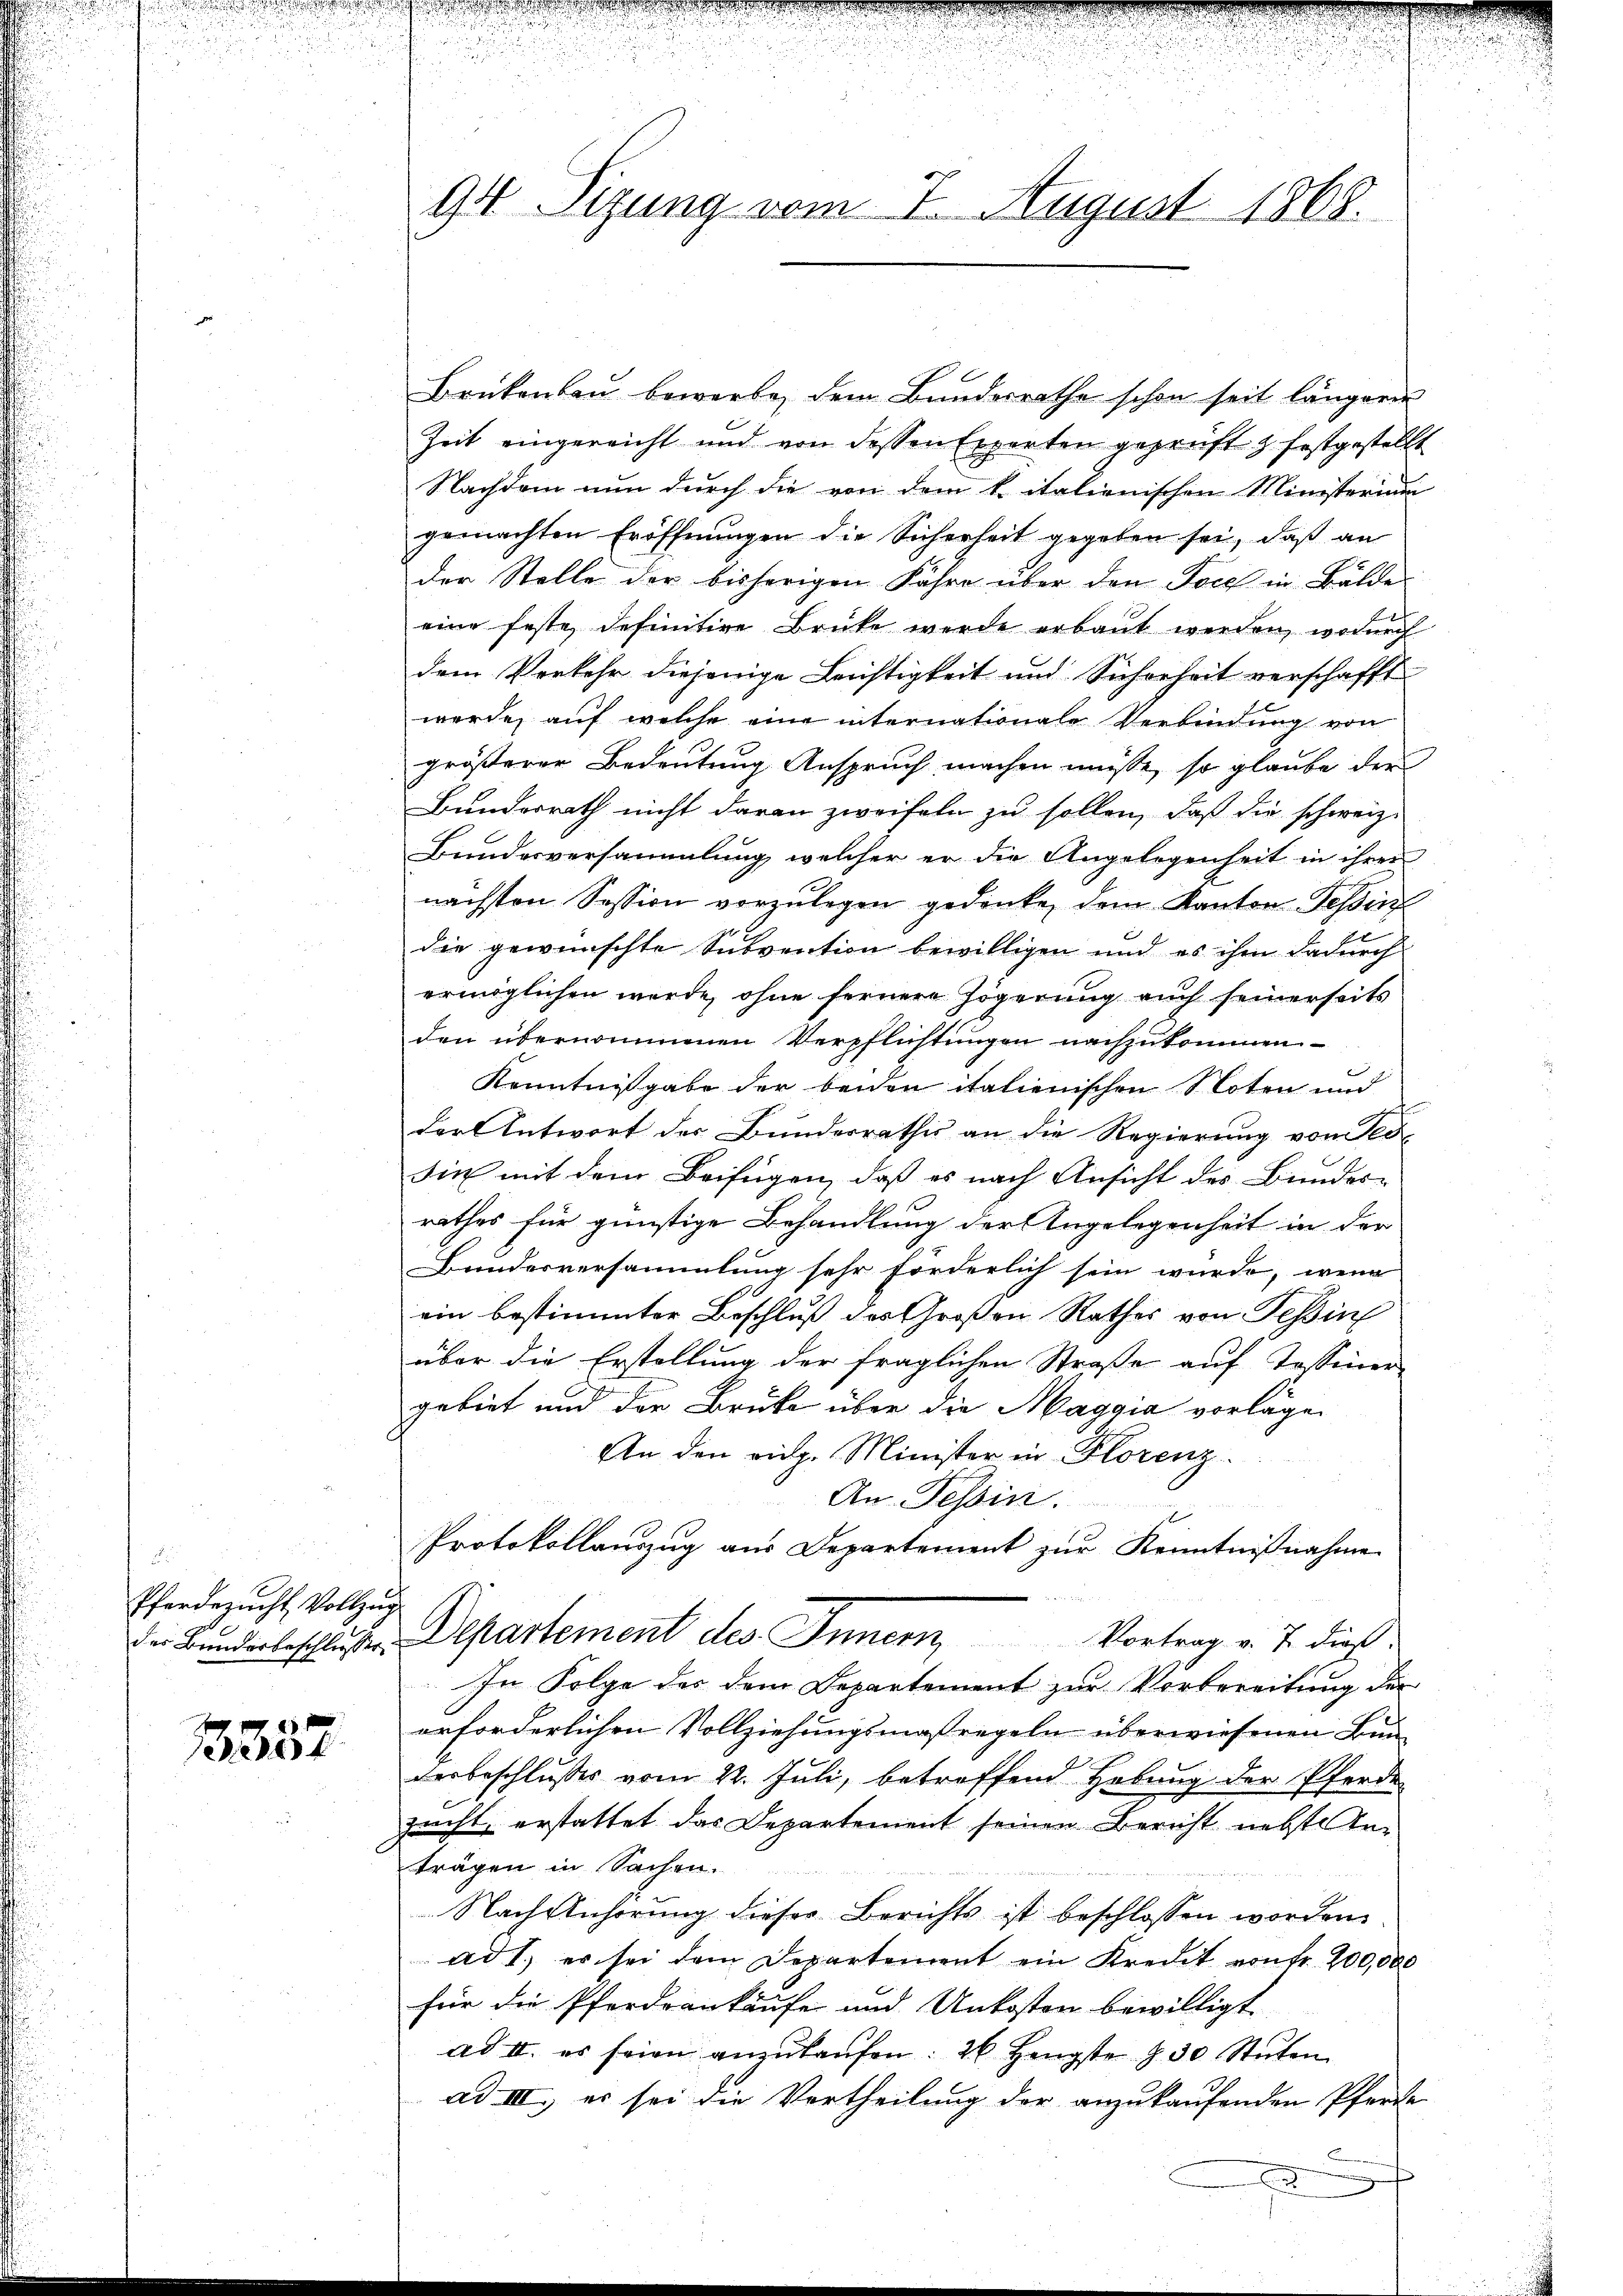
d
Pferdezucht Vollzug

13337

Brükenbau bewerbe, dem Bundesrathe schon seit längeren
Zeit eingereicht und von dessen Experten geprüft & festgestellt
Nachdem nun durch die von dem k. italienischen Ministerium
gemachten Eröffnungen die Sicherheit gegeben sei, daß an
der Stelle der bisherigen Fahre über den Joch in Bälde
eine feste definitive Brüke werde erbaut werden, wodurch
dem Verkehr diejenige Leichtigkeit und Sicherheit verschafft
werde, auf welche eine internationale Verbindung von
größerer Bedeutung Anspruch machen müsse, so glaube der
Bundesrath nicht daran zweifeln zu sollen, daß die schweiz.
Bundesversammlung, welcher er die Angelegenheit in ihrer
nächsten Session vorzulegen gedenke, dem Kanton Tessin
r
die gewünschte Subvention bewilligen und es ihm dadurch
ermöglichen werde, ohne fernere Zögerung auch seinerseits
den übernommenen Verpflichtungen nachzukommen
Kenntnißgabe der beiden italienischen Noten und
f
der Antwort der Bundesrathes an die Regierung von Seosin mit dem Beifügen, daß es nach Ansicht des Bunder-
rathes für günstige Behandlung der Angelegenheit in der
Bundesversammlung sehr forderlich sein wurde, wenn
ein bestimmter Beschluß des Großen Rathes von Tessin
über die Erstellung der fraglichen Straße auf Tessiner
gebiet und der Brüke über die Maggia vorlage
An den rieg. Minister in Florenz
An Tessin.
Protokollauszug aus Departement zur Kenntnißnahme
Der Bundesbeschlusser Departement des Innern, Vortrag v. 7. dies
In Folge des dem Departement zur Vorbereitung der
erforderlichen Vollziehungsmaßregeln überwiesenen Bunderbeschlusses vom 22. Juli, betroffend Hebung der Pferden
zucht, erstattet das Departement seinen Bericht nebste An
trägen in Sachen.
Nachsicherung dieser Berichts ist beschlossen worden.
ad I., es sei dem Departement ein Kredit von fr. 200,000
für die Pferdrankäufe und Unkosten bewilligt
ad II. es seien anzŭkaŭfen: 26 Hengste §. 30 Stŭten
ad III. er sei die Vertheilung der anzukaufenden Pfarre

94 Sizung vom 7. August 1868.

.